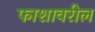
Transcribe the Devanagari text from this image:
फाशावरील